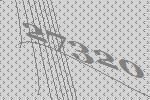
27320